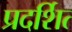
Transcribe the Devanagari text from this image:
प्रदर्शित्‍